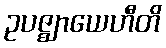
ဥပဇ္ဈာယေဟီတိ